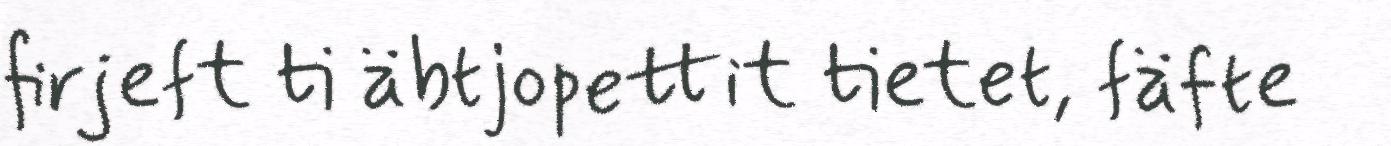
firjeft ti äbtjopettit tietet, fäfte